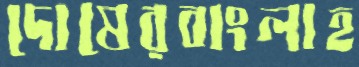
দোষেরবাংলাহ